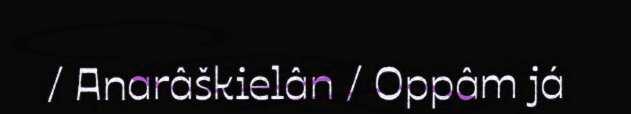
/ Anarâškielân / Oppâm já